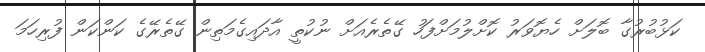
ކަޅުބުރުގާ ބޮލަށް ހެޔޮވަރު ކޮށްލުމަށްފަހު ގޭތެރެއަށް ނުކުތީ އާދައިގެމަތިން ގޭތެރޭގެ ކަންކަން ފުރިހަމަ